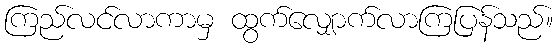
ကြည်လင်လာကာမှ ထွက်လျှောက်လာကြပြန်သည်။